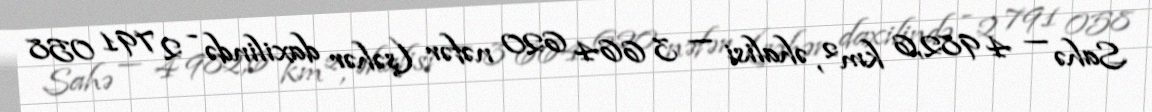
Sahə — 4 982,6 km², əhalisi — 3 664 620 nəfər (şəhər daxilində - 2 791 058